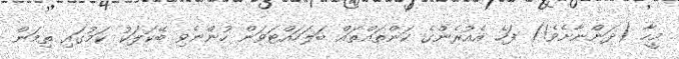
މީހާ (ދަންނާށެވެ!) ފަހެ އެއުރެންގެ ކަންތައްތައް ބަލަހައްޓަވަން ހުންނެވި ބޭކަލަކު ކަމުގައި ތިމަން